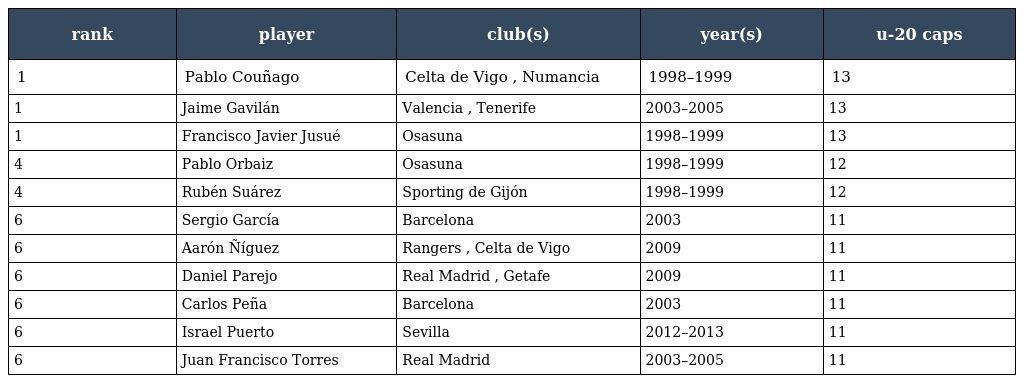
| rank | player | club(s) | year(s) | u-20 caps |
 | --- | --- | --- | --- | --- |
 | 1 | Pablo Couñago | Celta de Vigo , Numancia | 1998–1999 | 13 |
 | 1 | Jaime Gavilán | Valencia , Tenerife | 2003–2005 | 13 |
 | 1 | Francisco Javier Jusué | Osasuna | 1998–1999 | 13 |
 | 4 | Pablo Orbaiz | Osasuna | 1998–1999 | 12 |
 | 4 | Rubén Suárez | Sporting de Gijón | 1998–1999 | 12 |
 | 6 | Sergio García | Barcelona | 2003 | 11 |
 | 6 | Aarón Ñíguez | Rangers , Celta de Vigo | 2009 | 11 |
 | 6 | Daniel Parejo | Real Madrid , Getafe | 2009 | 11 |
 | 6 | Carlos Peña | Barcelona | 2003 | 11 |
 | 6 | Israel Puerto | Sevilla | 2012–2013 | 11 |
 | 6 | Juan Francisco Torres | Real Madrid | 2003–2005 | 11 |